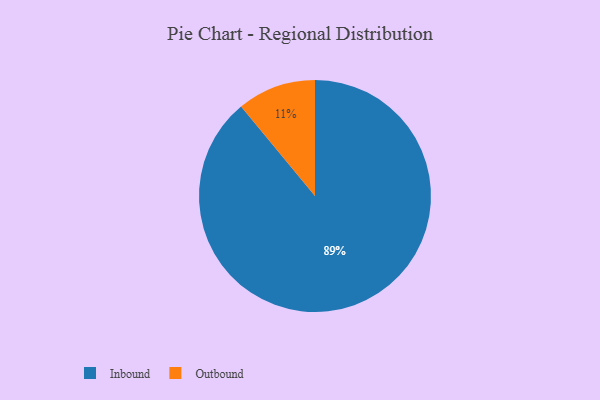
{"axis": {"x": "Category", "y": "Percentage"}, "legend": ["Inbound", "Outbound"], "data": [{"x": "Inbound", "y": 89, "type": "Inbound"}, {"x": "Outbound", "y": 11, "type": "Outbound"}]}